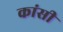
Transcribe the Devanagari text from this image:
कांसी